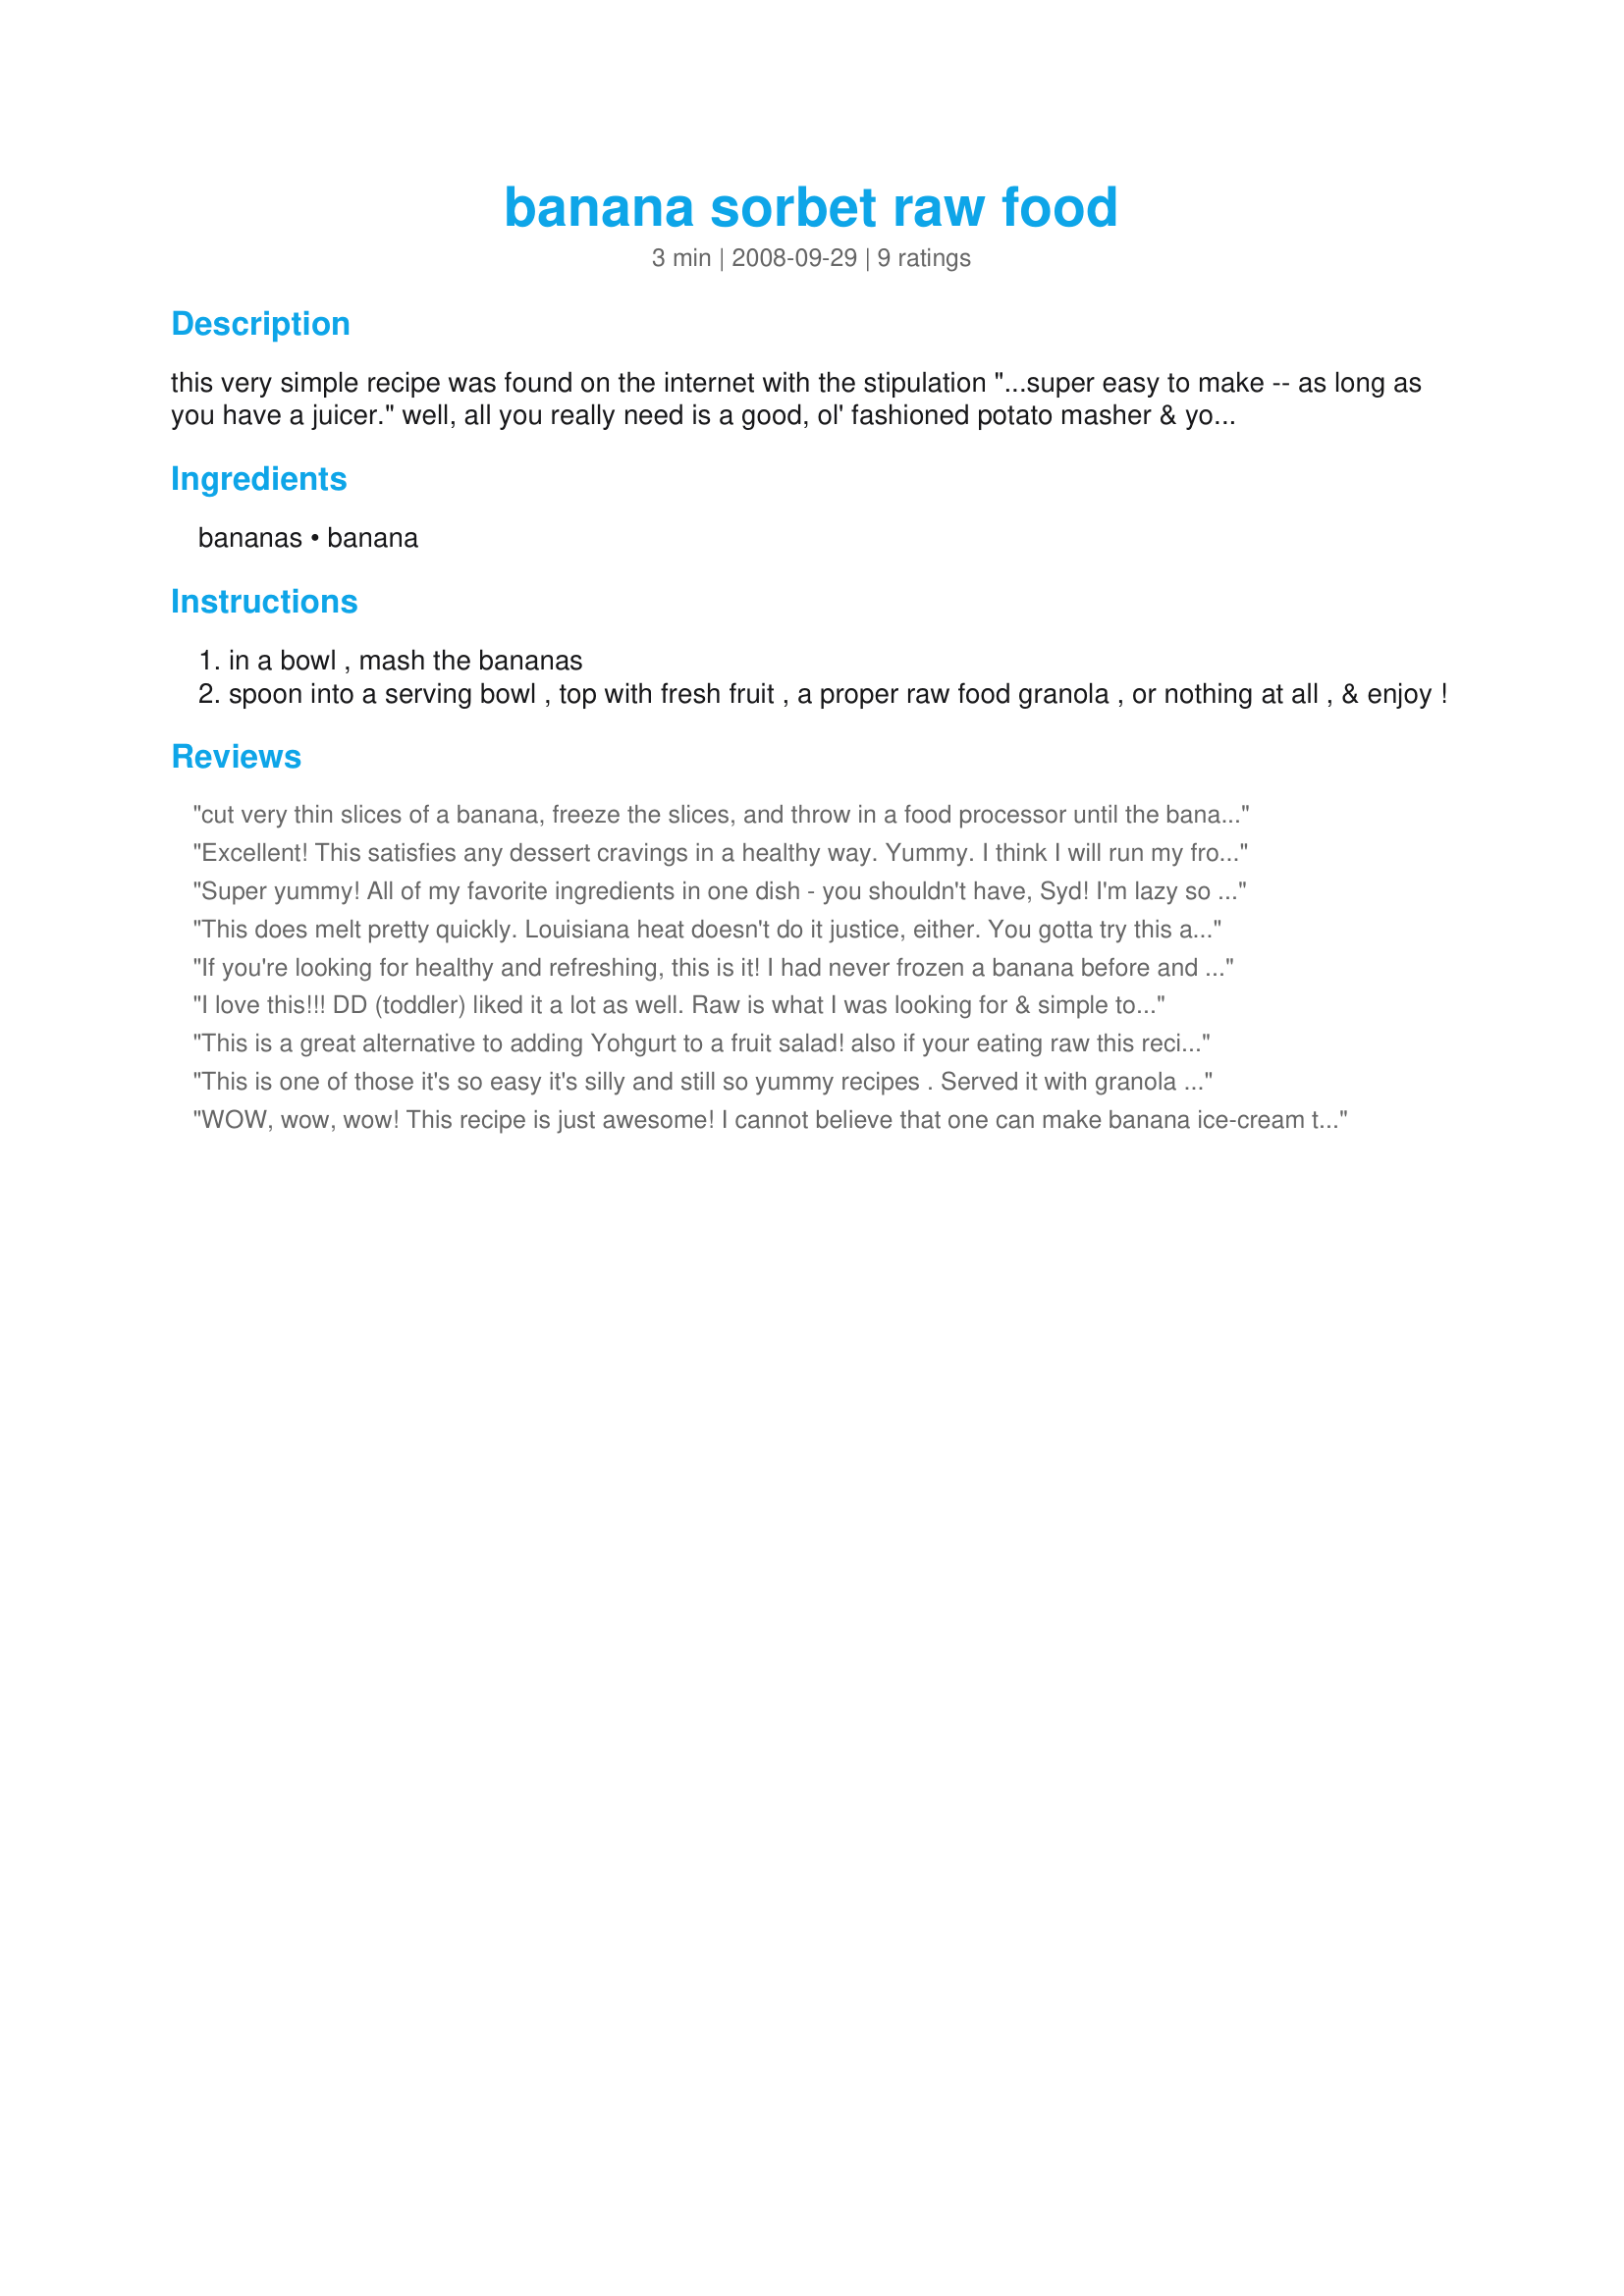
banana sorbet raw food
Preparation time: 3 minutes

this very simple recipe was found on the internet with the stipulation "...super easy to make -- as long as you have a juicer." well, all you really need is a good, ol' fashioned potato masher & you're on! this will melt quickly, so make just enough to eat right away, or you'll need to stash some away in the freezer! obviously, if you use very ripe bananas you'll have a stronger banana flavor!

Ingredients:
bananas, banana

Steps:
in a bowl , mash the bananas
spoon into a serving bowl , top with fresh fruit , a proper raw food granola , or nothing at all , & enjoy !

Reviews:
cut very thin slices of a banana, freeze the slices, and throw in a food processor until the banana starts whipping up. You are going to have to scrape the sides like 4 times but the end result is creamy like real banana ice cream!!! try it!
Excellent! This satisfies any dessert cravings in a healthy way. Yummy. I think I will run my frozen bananas through the food processor next time to get the texture even creamier. Thank you!
Super yummy! All of my favorite ingredients in one dish - you shouldn't have, Syd! I'm lazy so I put this in the food processor & probably took a couple months off the life of that thing. Nevertheless this was delicious! I topped it with banana slices and raw pistachios and ate it as an appetizer. I think tomorrow I will add a carob sauce topping and have it for breakfast :) Thanks!!! Made for Veggie Swap 23!
This does melt pretty quickly. Louisiana heat doesn't do it justice, either. You gotta try this and rediscover the banana. You'll never look at it in the same light again. Made for PRMR.
If you're looking for healthy and refreshing, this is it! I had never frozen a banana before and a potato masher would only go through partially frozen bananas, but if you catch them just before they are done freezing, it's ideal. I think next time I'll try adding chocolate sauce swirls, just to negate the fact that it's healthy! Made for Zaar's Newest Tag.
I love this!!! DD (toddler) liked it a lot as well. Raw is what I was looking for & simple too. Doesn't this little recipe just fit?!! I used Mindelicious' idea and topped with pistachio nuts that looked lovely green on top as you can see in her picture. I think next time I will do exactly the same as her and add sliced bananas. This time I added fresh blueberries but it didn't really go.. I will definitely make this again and again.
This is a great alternative to adding Yohgurt to a fruit salad! also if your eating raw this recipe takes away the monotony of just picking up fruit and eating it !
This is one of those it's so easy it's silly and still so yummy recipes . Served it with granola and loved every bite of it.
WOW, wow, wow! This recipe is just awesome! I cannot believe that one can make banana ice-cream that is creamy, thick and sinfully delicious just like that at home! Its so cool! Ill be making this often trying out different add-ins and flavour combinations. :)<br/>Like Prose I had to thaw my bananas a bit before being able to mash them, but I found that crushing them between my fingers (in a plastic bag) worked wonderfully. <br/>THANK YOU SO MUCH for sharing this true keeper with us, Syd!<br/>Made and reviewed for WTTM May 2011.
